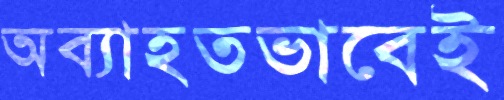
অব্যাহতভাবেই